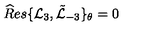
{ \widehat R e s } \{ { \mathcal L } _ { 3 } , \tilde { \mathcal L } _ { - 3 } \} _ { \theta } = 0